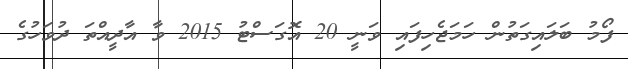
ފޯމު ބަލައިގަތުން ހަމަޖެހިފައި ވަނީ 20 އޮގަސްޓު 2015 ވާ އާދީއްތަ ދުވަހުގެ